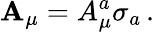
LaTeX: {\mathbf{A}}_{\mu}=A_{\mu}^{a}\sigma_{a}\, .